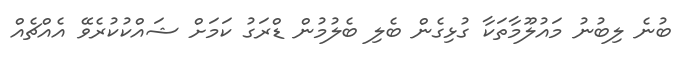
ބުނެ ލިބުނު މައުލޫމާތަކާ ގުޅިގެން ބެލި ބެލުމުން ޑްރަގު ކަމަށް ޝައްކުކުރެވޭ އެއްޗެއް